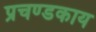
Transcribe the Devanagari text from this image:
प्रचण्डकाय